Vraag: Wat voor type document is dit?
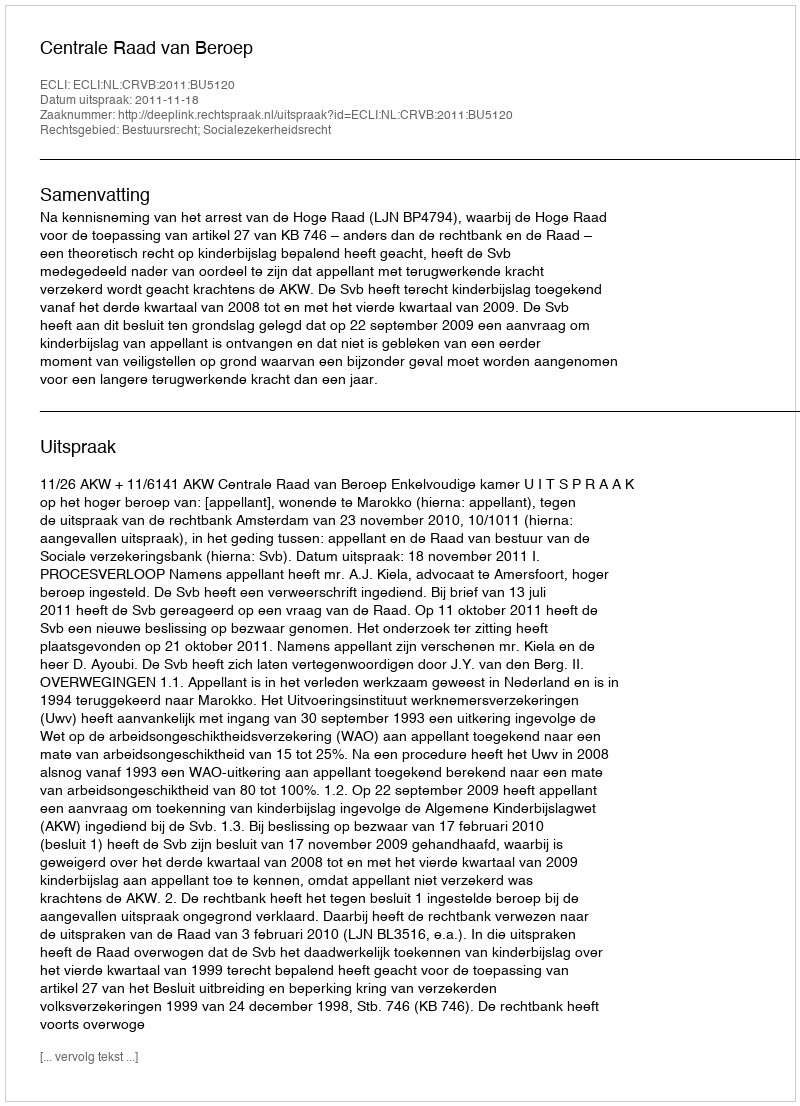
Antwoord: Uitspraak